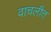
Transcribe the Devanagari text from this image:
वाचलीत